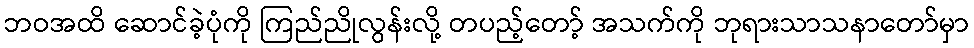
ဘဝအထိ ဆောင်ခဲ့ပုံကို ကြည်ညိုလွန်းလို့ တပည့်တော့် အသက်ကို ဘုရားသာသနာတော်မှာ